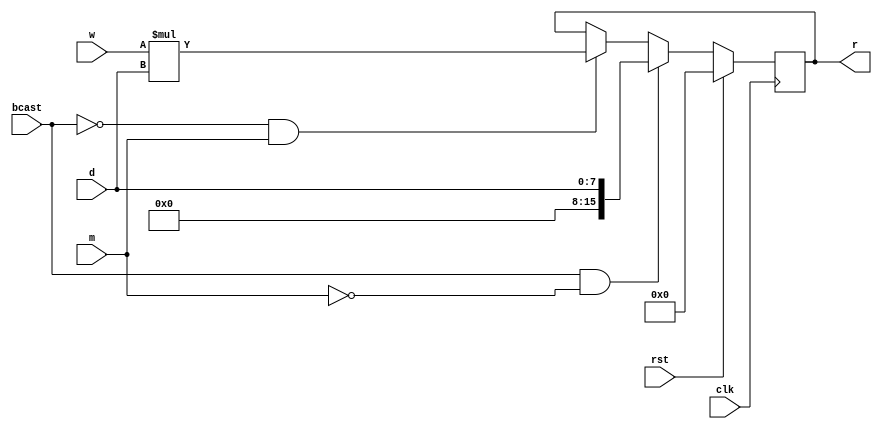
module systolic(r, w, clk, d, rst, bcast, m);
input [15:0] w;
input [7:0] d;
input clk, rst, bcast, m;
output reg [15:0] r;
always@(posedge clk)
begin
	if(rst)
		r <= 0;
	else 
	if(bcast == 1 && m==0)
		r <= d;
	else
	if(bcast == 0 && m==1)
		r <= w*d;
end
endmodule